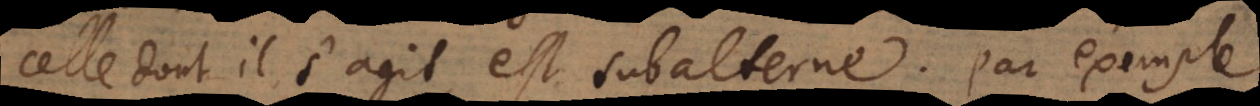
celle dont il s’agit, est subalterne. Par exemple,